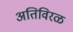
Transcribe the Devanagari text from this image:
अतिविरळ